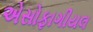
એસોફાગીયલ